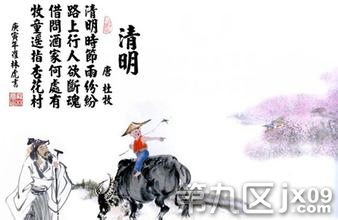
清明时节雨纷纷，路上行人欲断魂。